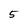
Character: 5